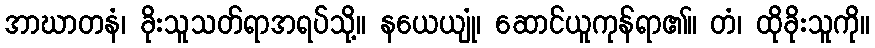
အာဃာတနံ၊ ခိုးသူသတ်ရာအရပ်သို့။ နယေယျုံ၊ ဆောင်ယူကုန်ရာ၏။ တံ၊ ထိုခိုးသူကို။